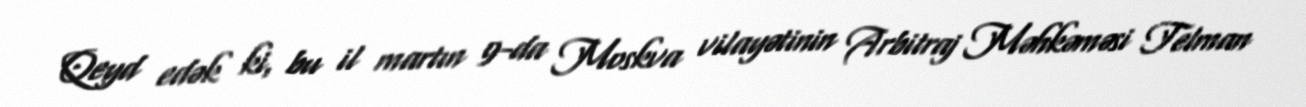
Qeyd edək ki, bu il martın 9-da Moskva vilayətinin Arbitraj Məhkəməsi Telman